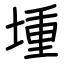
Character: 堹